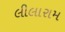
લીલારામ